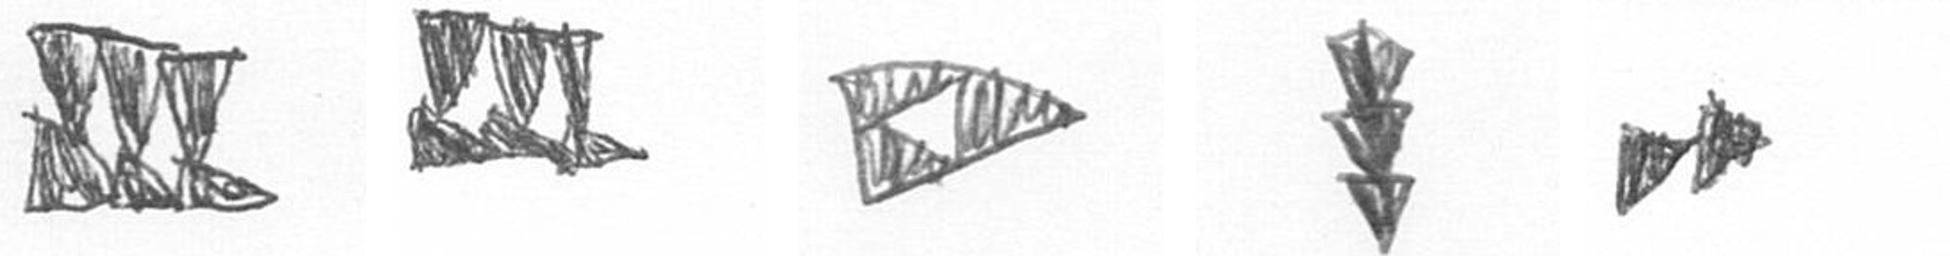
D D K E A